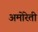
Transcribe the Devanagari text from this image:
अमोरेती